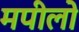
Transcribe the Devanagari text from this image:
मपीलो